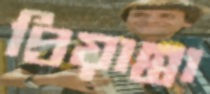
প্রিয়ান্তা